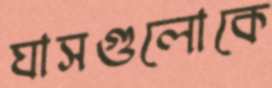
ঘাসগুলোকে